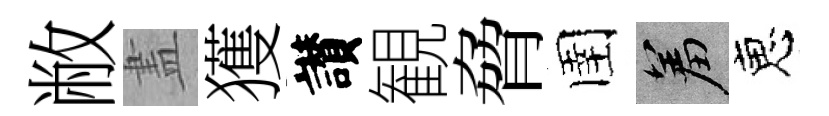
敝𥁞獲讃観脅圉羞恵